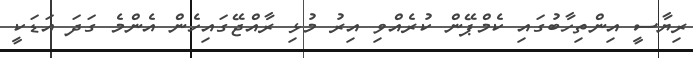
ރިޔާސީ އިންތިހާބުގައި ކެމްޕޭން ކުރެއްވި އިރު މުޅި ރާއްޖޭގައިހެން އެންމެ ގަދަ އަޑަކީ